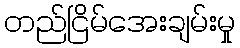
တည်ငြိမ်အေးချမ်းမှု